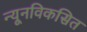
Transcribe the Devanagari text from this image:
न्यूनविकसित